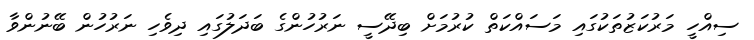
ސިއްހީ މަރުކަޒުތަކުގައި މަސައްކަތް ކުރުމަށް ބިދޭސީ ނަރުހުންގެ ބަދަލުގައި ދިވެހި ނަރުހުން ބޭނުންވާ